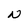
Character: N